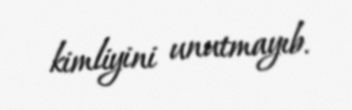
kimliyini unutmayıb.